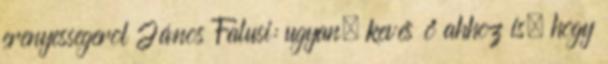
erenyessegerol János Falusi: ugyan, kevés ő ahhoz is, hogy